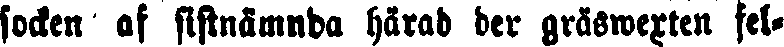
socken af sistnämnda härad der gräswexten fel-